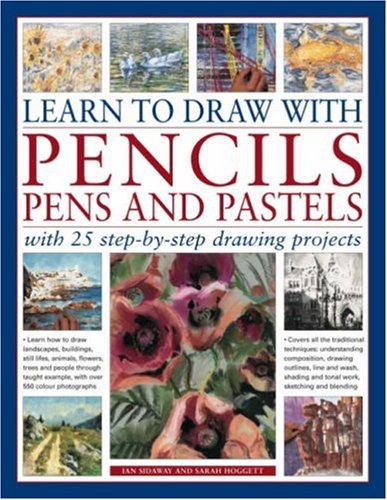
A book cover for Learn to Draw with Pencils, Pens and Pastels: With 25 Step-By-Step Projects: Learn How To Draw Landscapes, Still Lifes, People, Animals, Buildings, Trees ... Example, With Over 550 Colour Photographs; Ian Sidaway; Arts & Photography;